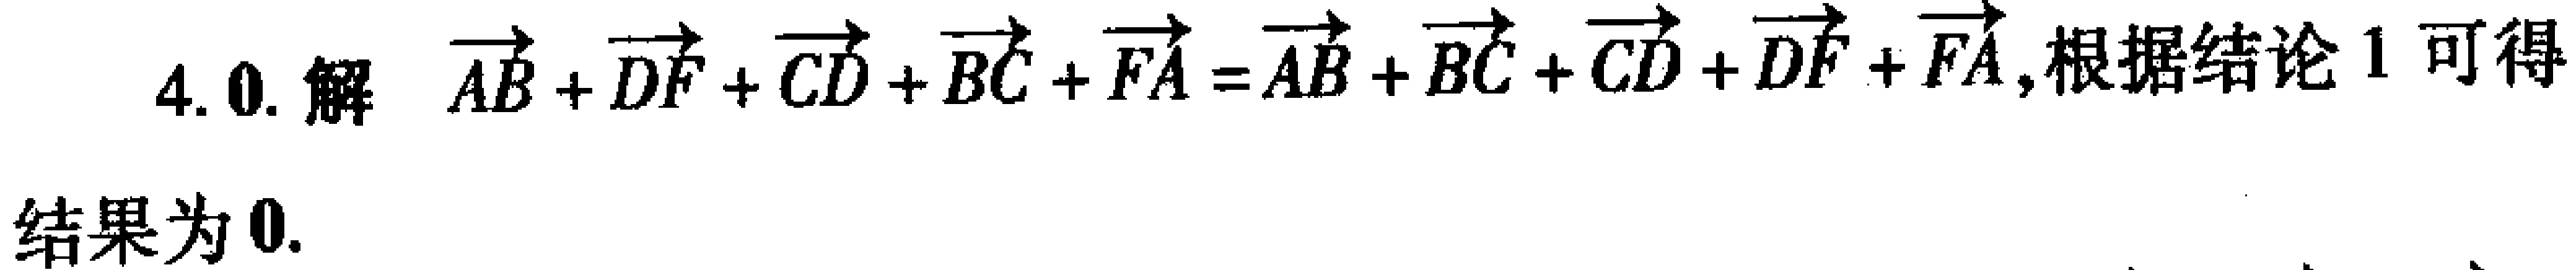
4. 0. 解 $\overrightarrow{AB}+\overrightarrow{DF}+\overrightarrow{CD}+\overrightarrow{BC}+\overrightarrow{FA}=\overrightarrow{AB}+\overrightarrow{BC}+\overrightarrow{CD}+\overrightarrow{DF}+\overrightarrow{FA}$,根据结论1可得
结果为 0.